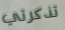
تذكرتي